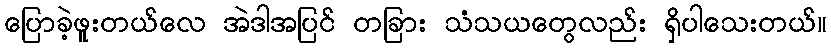
ပြောခဲ့ဖူးတယ်လေ အဲဒါအပြင် တခြား သံသယတွေလည်း ရှိပါသေးတယ်။